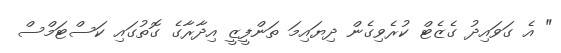
" އެ ގަވައިދު ގެޒެޓް ކުރެވިގެން ދިޔައިމަ ތަންފީޒީ އިދާރާގެ ގޮތުގައި ކަސްޓަމްސް